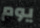
يوم